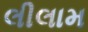
લીલામ